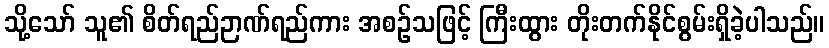
သို့သော် သူ၏ စိတ်ရည်ဉာဏ်ရည်ကား အစဉ်သဖြင့် ကြီးထွား တိုးတက်နိုင်စွမ်းရှိခဲ့ပါသည်။